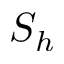
S _ { h }